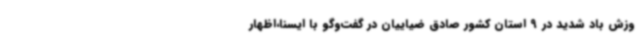
وزش باد شدید در 9 استان کشور صادق ضیاییان در گفت‌وگو با ایسنا،اظهار